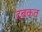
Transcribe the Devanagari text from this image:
दबकत